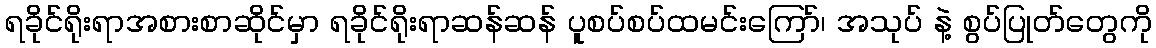
ရခိုင်ရိုးရာအစားစာဆိုင်မှာ ရခိုင်ရိုးရာဆန်ဆန် ပူစပ်စပ်ထမင်းကြော်၊ အသုပ် နဲ့ စွပ်ပြုတ်တွေကို